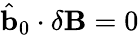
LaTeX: \hat{\mathbf{b}}_{0}\cdot\delta\mathbf{B}=0